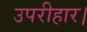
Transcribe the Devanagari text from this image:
उपरीहार।